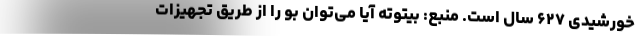
خورشیدی ۶۲۷ سال است. منبع: بیتوته آیا می‌توان بو را از طریق تجهیزات